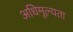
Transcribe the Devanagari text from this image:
अधिमूल्यता